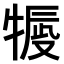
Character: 𤚿